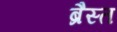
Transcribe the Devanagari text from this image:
ब्रैस्त